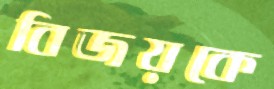
বিজয়কে